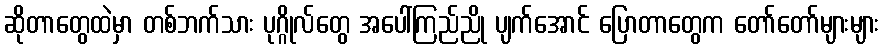
ဆိုတာတွေထဲမှာ တစ်ဘက်သား ပုဂ္ဂိုလ်တွေ အပေါ်ကြည်ညို ပျက်အောင် ပြောတာတွေက တော်တော်များများ